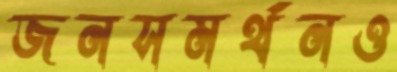
জনসমর্থনও